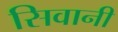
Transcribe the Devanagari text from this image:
सिवानी